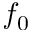
f _ { 0 }